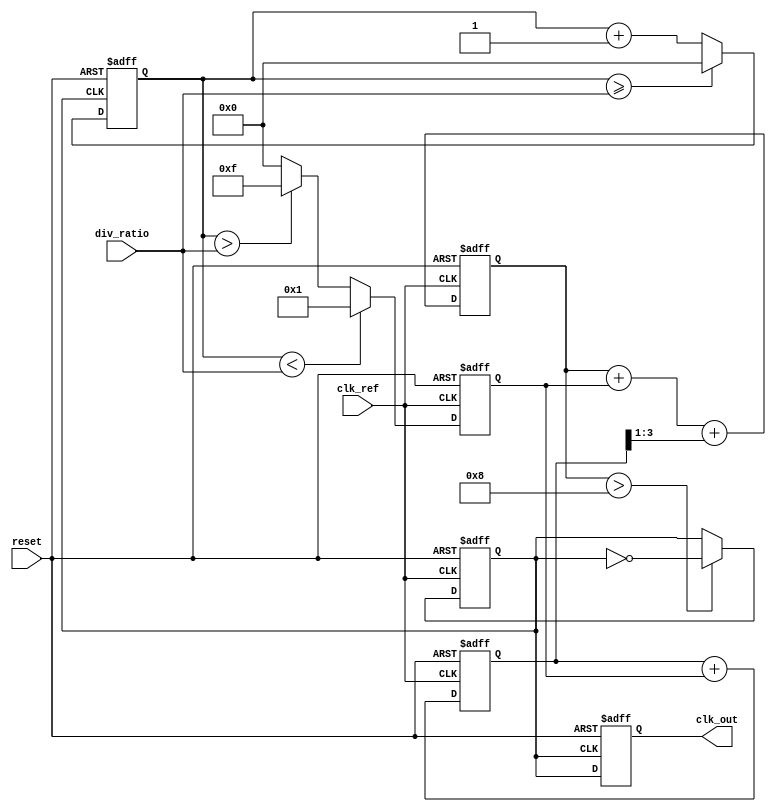
module type2_PLL (
    input wire clk_ref,          // Reference clock input
    input wire reset,            // Asynchronous reset
    input wire [3:0] div_ratio,  // Division ratio for feedback divider
    output reg clk_out           // Output clock
);

// Parameters
parameter N = 4;                // Number of bits for the control voltage
parameter Kp = 1;               // Proportional gain for PD
parameter Ki = 1;               // Integral gain for LF

// Internal signals
reg [N-1:0] control_voltage;    // Control voltage for VCO
reg [N-1:0] error_signal;       // Error signal from PD
reg [N-1:0] integral;           // Integral part for LF
reg clk_vco;                    // VCO output clock
reg [3:0] feedback_counter;     // Feedback counter

// Phase Detector (PD)
always @(posedge clk_ref or posedge reset) begin
    if (reset) begin
        error_signal <= 0;
    end else begin
        // Simple PD: Compare reference clock with feedback clock
        if (feedback_counter < div_ratio) begin
            error_signal <= Kp; // Phase lead
        end else if (feedback_counter > div_ratio) begin
            error_signal <= -Kp; // Phase lag
        end else begin
            error_signal <= 0; // In phase
        end
    end
end

// Loop Filter (LF)
always @(posedge clk_ref or posedge reset) begin
    if (reset) begin
        integral <= 0;
        control_voltage <= 0;
    end else begin
        // Simple second-order loop filter
        integral <= integral + error_signal;
        control_voltage <= control_voltage + error_signal + (integral >> 1); // Integral term
    end
end

// Voltage-Controlled Oscillator (VCO)
always @(posedge clk_ref or posedge reset) begin
    if (reset) begin
        clk_vco <= 0;
    end else begin
        // Simple VCO: Toggle based on control voltage
        if (control_voltage > 8) begin
            clk_vco <= ~clk_vco; // Adjust frequency based on control voltage
        end
    end
end

// Feedback Divider
always @(posedge clk_vco or posedge reset) begin
    if (reset) begin
        feedback_counter <= 0;
    end else begin
        feedback_counter <= feedback_counter + 1;
        if (feedback_counter >= div_ratio) begin
            feedback_counter <= 0;
        end
    end
end

// Output Clock Generation
always @(posedge clk_vco or posedge reset) begin
    if (reset) begin
        clk_out <= 0;
    end else begin
        clk_out <= clk_vco; // Output the VCO clock
    end
end

endmodule